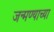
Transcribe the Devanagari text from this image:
जन्मण्याच्या